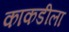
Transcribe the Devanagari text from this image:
काकडीला